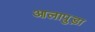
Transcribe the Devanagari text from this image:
आलापुड़ा